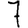
Digit: 7